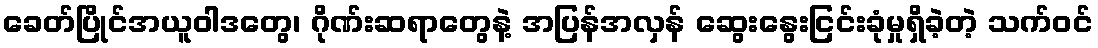
ခေတ်ပြိုင်အယူဝါဒတွေ၊ ဂိုဏ်းဆရာတွေနဲ့ အပြန်အလှန် ဆွေးနွေးငြင်းခုံမှုရှိခဲ့တဲ့ သက်ဝင်